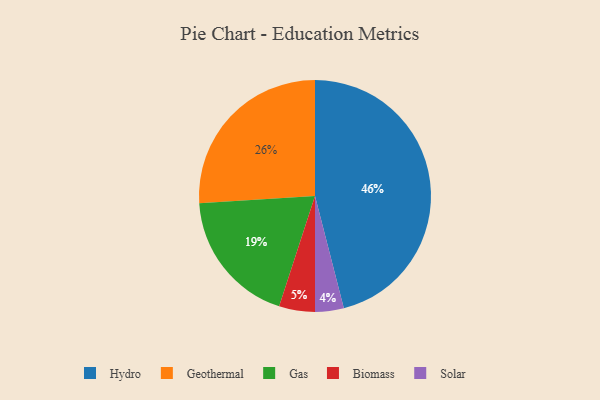
{"axis": {"x": "Category", "y": "Percentage"}, "legend": ["Biomass", "Gas", "Geothermal", "Hydro", "Solar"], "data": [{"x": "Hydro", "y": 46, "type": "Hydro"}, {"x": "Gas", "y": 19, "type": "Gas"}, {"x": "Solar", "y": 4, "type": "Solar"}, {"x": "Geothermal", "y": 26, "type": "Geothermal"}, {"x": "Biomass", "y": 5, "type": "Biomass"}]}